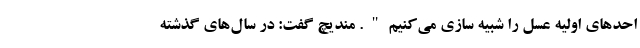
احدهای اولیه عسل را شبیه سازی می‌کنیم". مندیچ گفت: در سال‌های گذشته